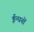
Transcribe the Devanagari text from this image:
ईन्धनों